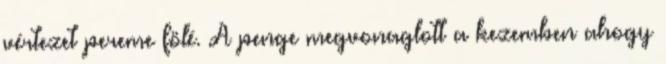
vértezet pereme fölé. A penge megvonaglott a kezemben ahogy